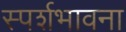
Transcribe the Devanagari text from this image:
स्पर्शभावना